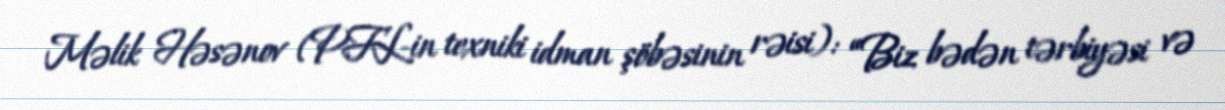
Məlik Həsənov (PFL-in texniki idman şöbəsinin rəisi): “Biz bədən tərbiyəsi və